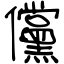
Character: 儻